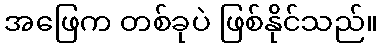
အဖြေက တစ်ခုပဲ ဖြစ်နိုင်သည်။